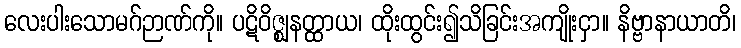
လေးပါးသောမဂ်ဉာဏ်ကို။ ပဋိဝိဇ္ဈနတ္ထာယ၊ ထိုးထွင်း၍သိခြင်းအကျိုးငှာ။ နိဗ္ဗာနာယာတိ၊